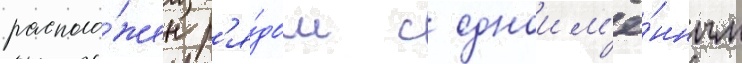
располо́жен р'я́дом с одноим'ё́нным